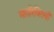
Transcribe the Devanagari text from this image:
महारिक्तियों